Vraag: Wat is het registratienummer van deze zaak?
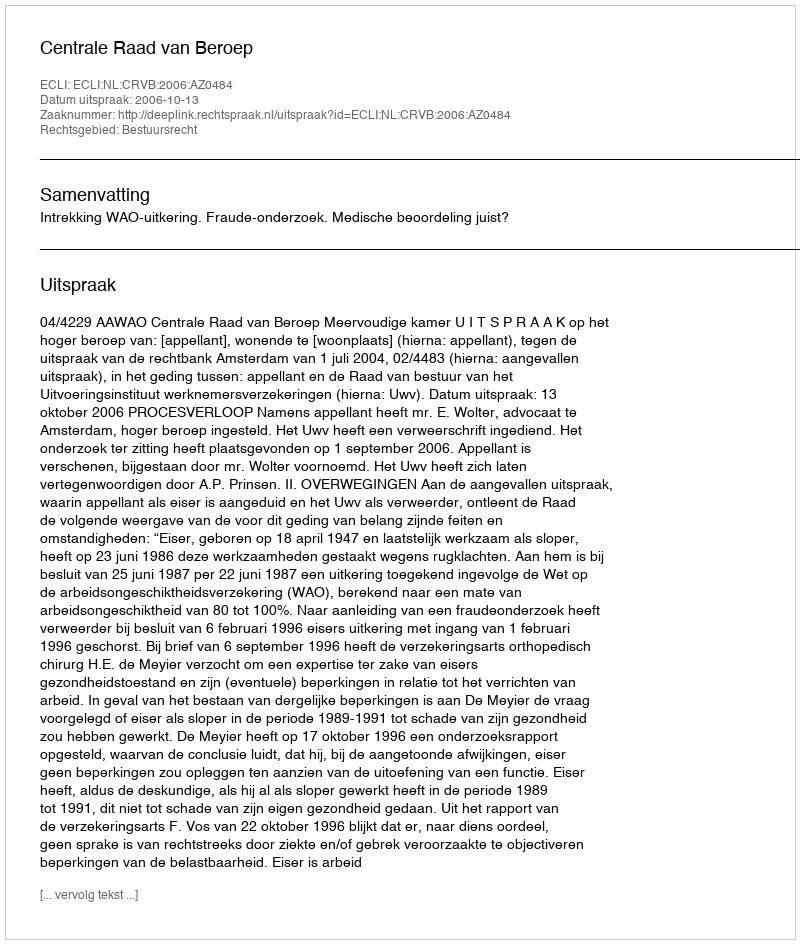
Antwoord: http://deeplink.rechtspraak.nl/uitspraak?id=ECLI:NL:CRVB:2006:AZ0484